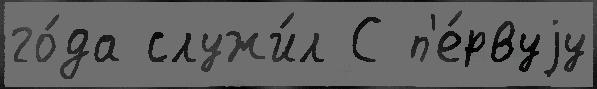
го́да служи́л С п'е́рвуjу